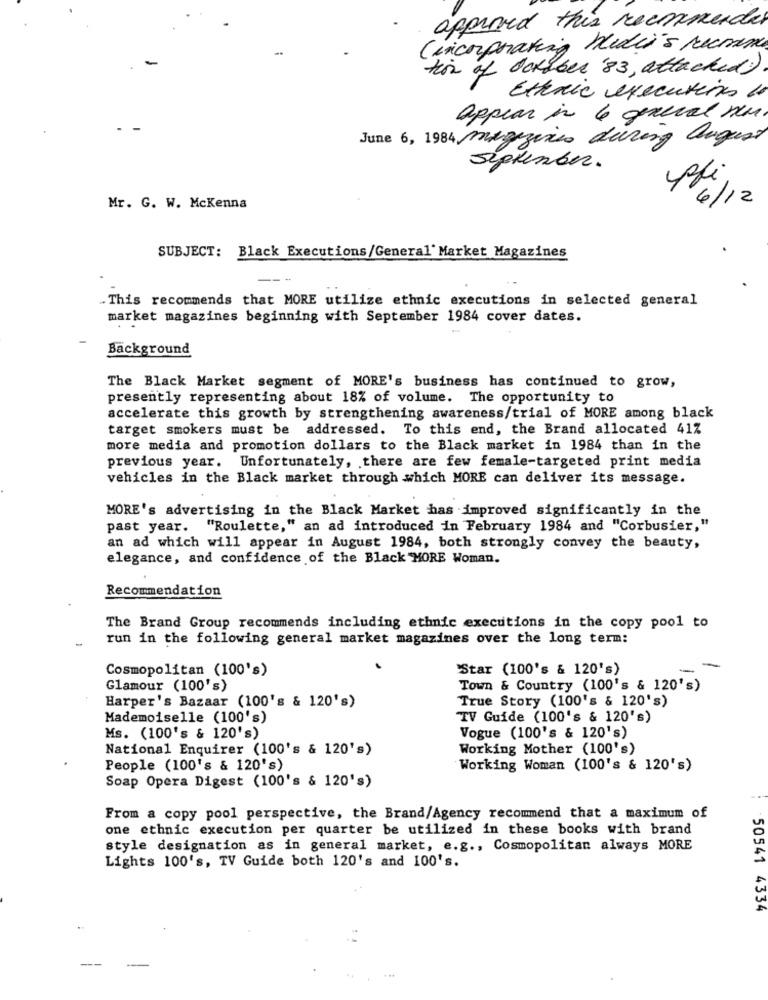
approved this recommended
Cincorporating Hlidie's recomme
tion of October '83, attacked
Etteric executions 1
appear in 6 general nu.
June 6, 1984 magazines during August
September.
6/12
Mr. G. W. McKenna
SUBJECT: Black Executions/General' Market Magazines
.This recommends that MORE utilize ethnic executions in selected general
market magazines beginning with September 1984 cover dates.
Background
The Black Market segment of MORE's business has continued to grow,
presently representing about 18% of volume. The opportunity to
accelerate this growth by strengthening awareness/trial of MORE among black
target smokers must be addressed. To this end, the Brand allocated 41%
more media and promotion dollars to the Black market in 1984 than in the
previous year. Unfortunately, there are few female-targeted print media
vehicles in the Black market through which MORE can deliver its message.
MORE's advertising in the Black Market has improved significantly in the
past year. "Roulette," an ad introduced in February 1984 and "Corbusier,"
an ad which will appear in August 1984, both strongly convey the beauty,
elegance, and confidence of the Black MORE Woman.
Recommendation
The Brand Group recommends including ethnic executions in the copy pool to
run in the following general market magazines over the long term:
Cosmopolitan (100's)
Star (100's & 120's)
-
Glamour (100's)
Town & Country (100's & 120's)
True Story (100's & 120's)
Harper's Bazaar (100's & 120's)
Mademoiselle (100's)
TV Guide (100's & 120's)
Ms. (100's & 120's)
Vogue (100's & 120's)
National Enquirer (100's & 120's)
Working Mother (100's)
People (100's & 120's)
Working Woman (100's & 120's)
Soap Opera Digest (100's & 120's)
From a copy pool perspective, the Brand/Agency recommend that a maximum of
one ethnic execution per quarter be utilized in these books with brand
style designation as in general market, e.g ., Cosmopolitan always MORE
Lights 100's, TV Guide both 120's and 100's.
50541 4334
--
. ..